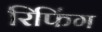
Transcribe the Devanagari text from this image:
रिफिंग